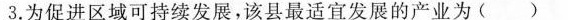
3.为促进区域可持续发展，该县最适宜发展的产业为（ ）